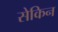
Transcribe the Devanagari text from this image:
सेकिन